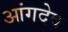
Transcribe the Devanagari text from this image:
आंगदेव